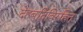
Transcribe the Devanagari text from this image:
देहबुद्धिविरहित